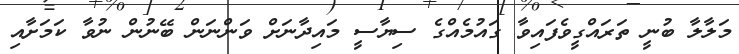
މަލާލާ ބުނީ ތަރައްގީވެފައިވާ ގައުމެއްގެ ސިޔާސީ މައިދާނަށް ވަންނަން ބޭނުން ނުވާ ކަމަށާއި